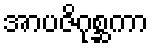
အာပဇိဂုစ္ဆကာ